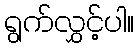
ရွက်လွှင့်ပါ။